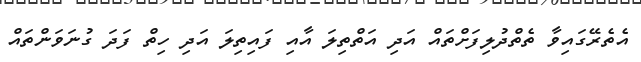
އެތެރޭގައިވާ ތެތްދުލިފަށްތައް އަދި އަތްތިލަ އާއި ފައިތިލަ އަދި ހިތް ފަދަ ގުނަވަންތައް